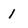
Character: 1